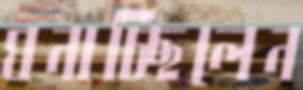
ঘনাচ্ছিলেন